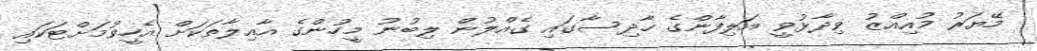
މޭޔަރު މުއިއްޒު ވިދާޅުވީ އަލިފާންގެ ހާދިސާގައި ގެއްލުން ލިބުނު މީހުންގެ އާއިލާތަކަށް އެހީވުމަށްޓަކައި